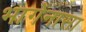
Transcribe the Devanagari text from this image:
भागेनासा